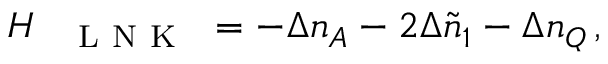
\begin{array} { r } { H _ { \mathrm { ~ \texttt ~ { ~ L ~ N ~ K ~ } ~ } } = - \Delta n _ { A } - 2 \Delta \tilde { n } _ { 1 } - \Delta n _ { Q } \, , } \end{array}